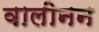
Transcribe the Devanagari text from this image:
वालीनन